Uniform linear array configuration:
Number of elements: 8
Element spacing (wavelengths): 0.75
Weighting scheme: uniform
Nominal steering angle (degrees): -30
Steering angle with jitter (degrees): -28.65
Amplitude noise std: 0.05
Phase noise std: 0.05

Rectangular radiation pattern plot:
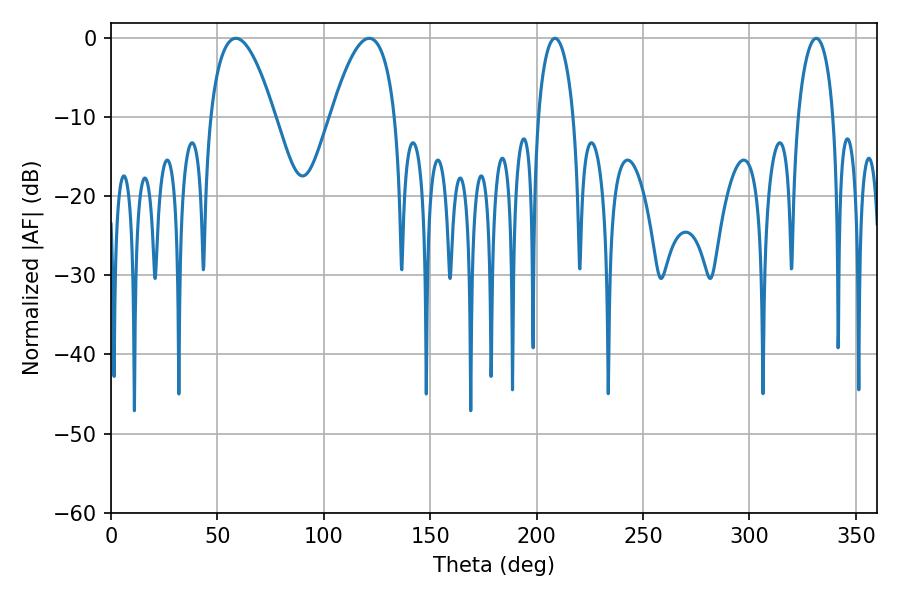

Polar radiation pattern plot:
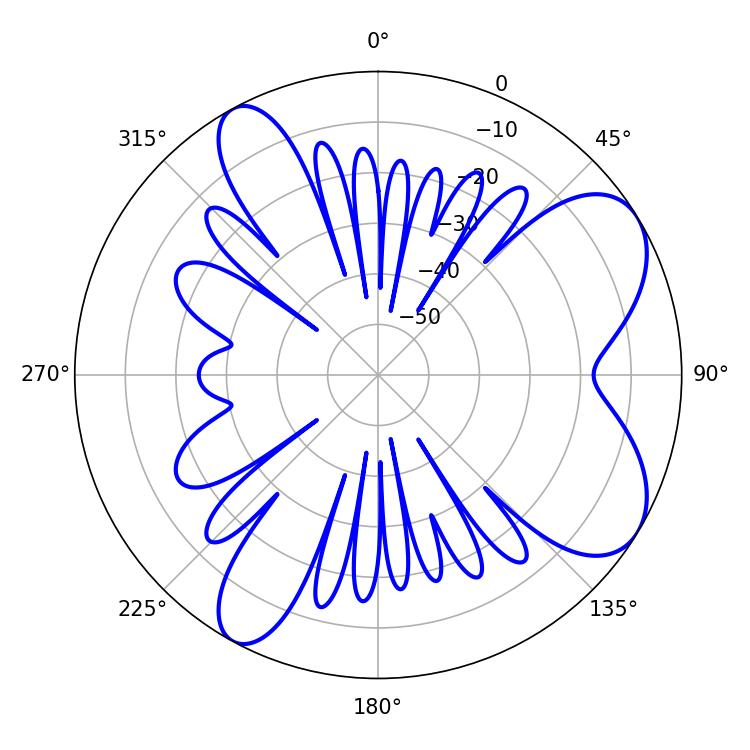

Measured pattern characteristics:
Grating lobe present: TRUE
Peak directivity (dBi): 7.367
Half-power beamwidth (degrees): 16.74
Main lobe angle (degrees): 58.68